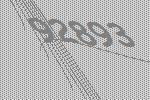
92893